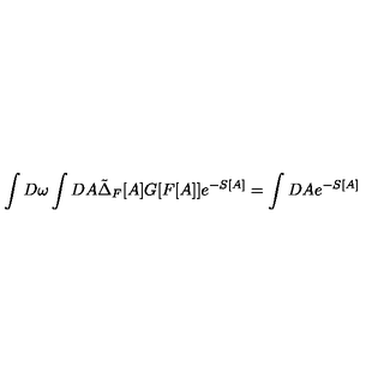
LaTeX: \int D \omega \int D A \tilde { \Delta } _ { F } [ A ] G [ F [ A ] ] e ^ { - S [ A ] } = \int D A e ^ { - S [ A ] }